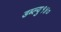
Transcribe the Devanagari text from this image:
डब्ल्यु१४०